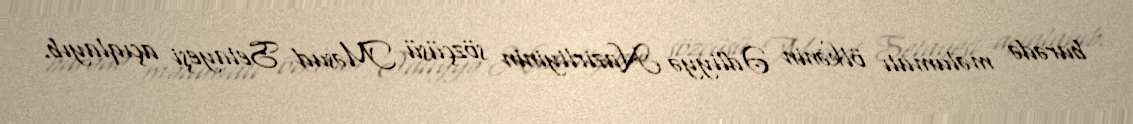
barədə məlumatı ölkənin Ədliyyə Nazirliyinin sözçüsü Məsud Setayeşi açıqlayıb.